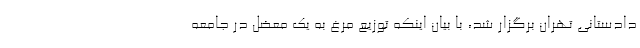
دادستانی تهران برگزار شد، با بیان اینکه توزیع مرغ به یک معضل در جامعه